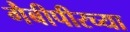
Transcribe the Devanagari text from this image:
गैबीपीरच्या